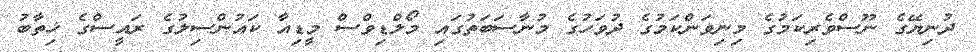
ދުނިޔޭގެ ނޫސްވެރިކަމުގެ މިނިވަންކަމުގެ ދުވަހުގެ މުނާސަބަތުގައި މޯލްޑިވްސް މީޑިއާ ކައުންސިލުގެ ރައީސްގެ ޚިތާބު